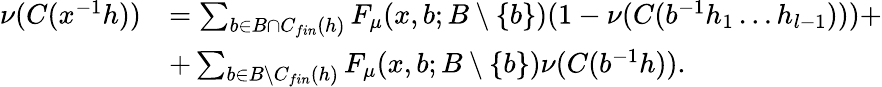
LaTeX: \begin{array}{rl}{\nu(C(x^{-1}h))}&{=\sum_{b\in B\cap C_{fin}(h)}F_{\mu}(x,b;B\setminus\{ b\} )(1-\nu(C(b^{-1}h_{1}\dots h_{l-1})))+}\\ &{+\sum_{b\in B\setminus C_{fin}(h)}F_{\mu}(x,b;B\setminus\{ b\} )\nu(C(b^{-1}h)).}\end{array}